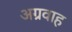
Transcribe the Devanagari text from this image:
अग्रवाह